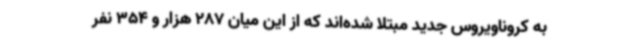
به کروناویروس جدید مبتلا شده‌اند که از این میان 287 هزار و 354 نفر